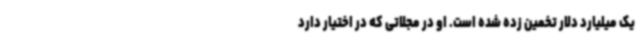
یک میلیارد دلار تخمین زده شده است. او در مجلاتی که در اختیار دارد